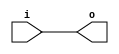
module top (input i, output o);
	assign o = i;
endmodule